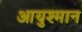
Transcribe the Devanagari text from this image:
आयुश्मान